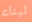
لبناء